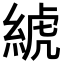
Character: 𦁲